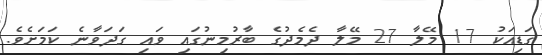
ގަޑިއަކު 17 މޭލާ 27 މޭލާ ދެމެދުގެ ބާރުމިނުގައި ވައި ގަދަވާނެ ކަމަށެވެ.